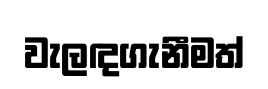
වැලඳගැනීමත්